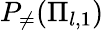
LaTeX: P_{\neq}(\Pi_{l,1})